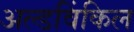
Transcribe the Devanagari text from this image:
अल्डविंकिल